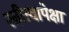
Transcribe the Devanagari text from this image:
स्त्रीत्वापेक्षा